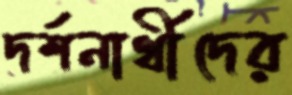
দর্শনার্থীদের